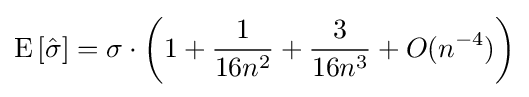
\operatorname {E} \left[{\hat {\sigma }}\right]=\sigma \cdot \left(1+{\frac {1}{16n^{2}}}+{\frac {3}{16n^{3}}}+O(n^{-4})\right)